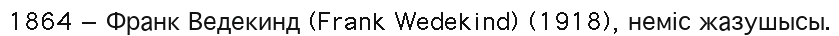
1864 — Франк Ведекинд (Frank Wedekind) (1918), неміс жазушысы.